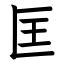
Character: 匡